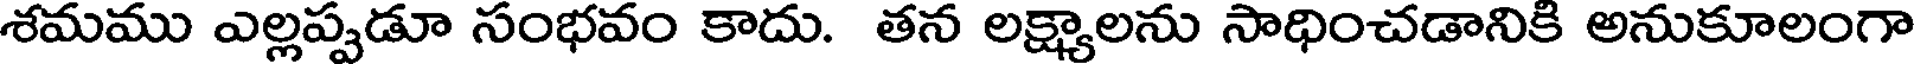
శమము ఎల్లప్పడూ సంభవం కాదు. తన లక్ష్యాలను సాధించడానికి అనుకూలంగా